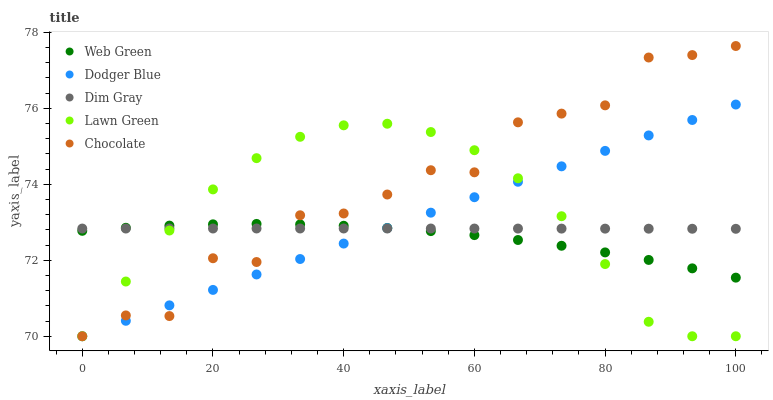
| xaxis_label | Web Green | Dodger Blue | Dim Gray | Lawn Green | Chocolate |
 | --- | --- | --- | --- | --- | --- |
 | 0 | 72.8 | 70 | 72.8 | 70 | 70 |
 | 6.67 | 72.9 | 70.4 | 72.8 | 71.4 | 70.5 |
 | 13.3 | 72.9 | 70.8 | 72.8 | 72.8 | 70.5 |
 | 20 | 72.9 | 71.2 | 72.8 | 73.9 | 72.1 |
 | 26.7 | 73 | 71.6 | 72.8 | 74.7 | 72 |
 | 33.3 | 72.9 | 72 | 72.8 | 75.3 | 73.2 |
 | 40 | 72.9 | 72.4 | 72.8 | 75.6 | 73.2 |
 | 46.7 | 72.8 | 72.8 | 72.8 | 75.6 | 73.7 |
 | 53.3 | 72.8 | 73.3 | 72.8 | 75.4 | 74.4 |
 | 60 | 72.7 | 73.7 | 72.8 | 74.9 | 74.3 |
 | 66.7 | 72.5 | 74.1 | 72.8 | 74.2 | 75.6 |
 | 73.3 | 72.4 | 74.5 | 72.8 | 73.2 | 75.9 |
 | 80 | 72.2 | 74.9 | 72.8 | 71.9 | 76.1 |
 | 86.7 | 72 | 75.3 | 72.8 | 70.4 | 77.3 |
 | 93.3 | 71.8 | 75.7 | 72.8 | 70 | 77.4 |
 | 100 | 71.5 | 76.1 | 72.8 | 70 | 77.6 |